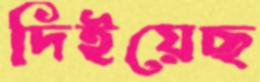
দিইয়েছ